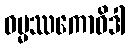
ဓမ္မဿကောဝိဒါ